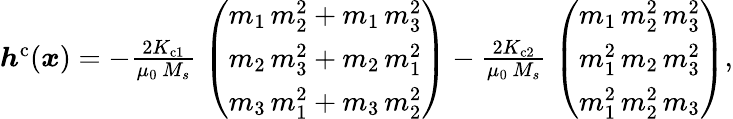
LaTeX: \begin{array}{r}{\boldsymbol{h}^{\mathrm{c}}(\boldsymbol{x})=-\frac{2K_{\mathrm{c1}}}{\mu_{0}\, M_{s}}\; \left(\begin{array}{l}{m_{1}\, m_{2}^{2}+m_{1}\, m_{3}^{2}}\\ {m_{2}\, m_{3}^{2}+m_{2}\, m_{1}^{2}}\\ {m_{3}\, m_{1}^{2}+m_{3}\, m_{2}^{2}}\end{array}\right)-\frac{2K_{\mathrm{c2}}}{\mu_{0}\, M_{s}}\; \left(\begin{array}{l}{m_{1}\, m_{2}^{2}\, m_{3}^{2}}\\ {m_{1}^{2}\, m_{2}\, m_{3}^{2}}\\ {m_{1}^{2}\, m_{2}^{2}\, m_{3}}\end{array}\right),}\end{array}